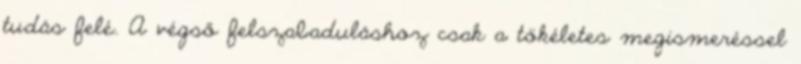
tudás felé. A végső felszabaduláshoz csak a tökéletes megismeréssel